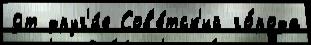
9т друг'и́е Сов'е́тск'ий го́рода